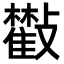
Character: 𣀧